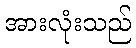
အားလုံးသည်